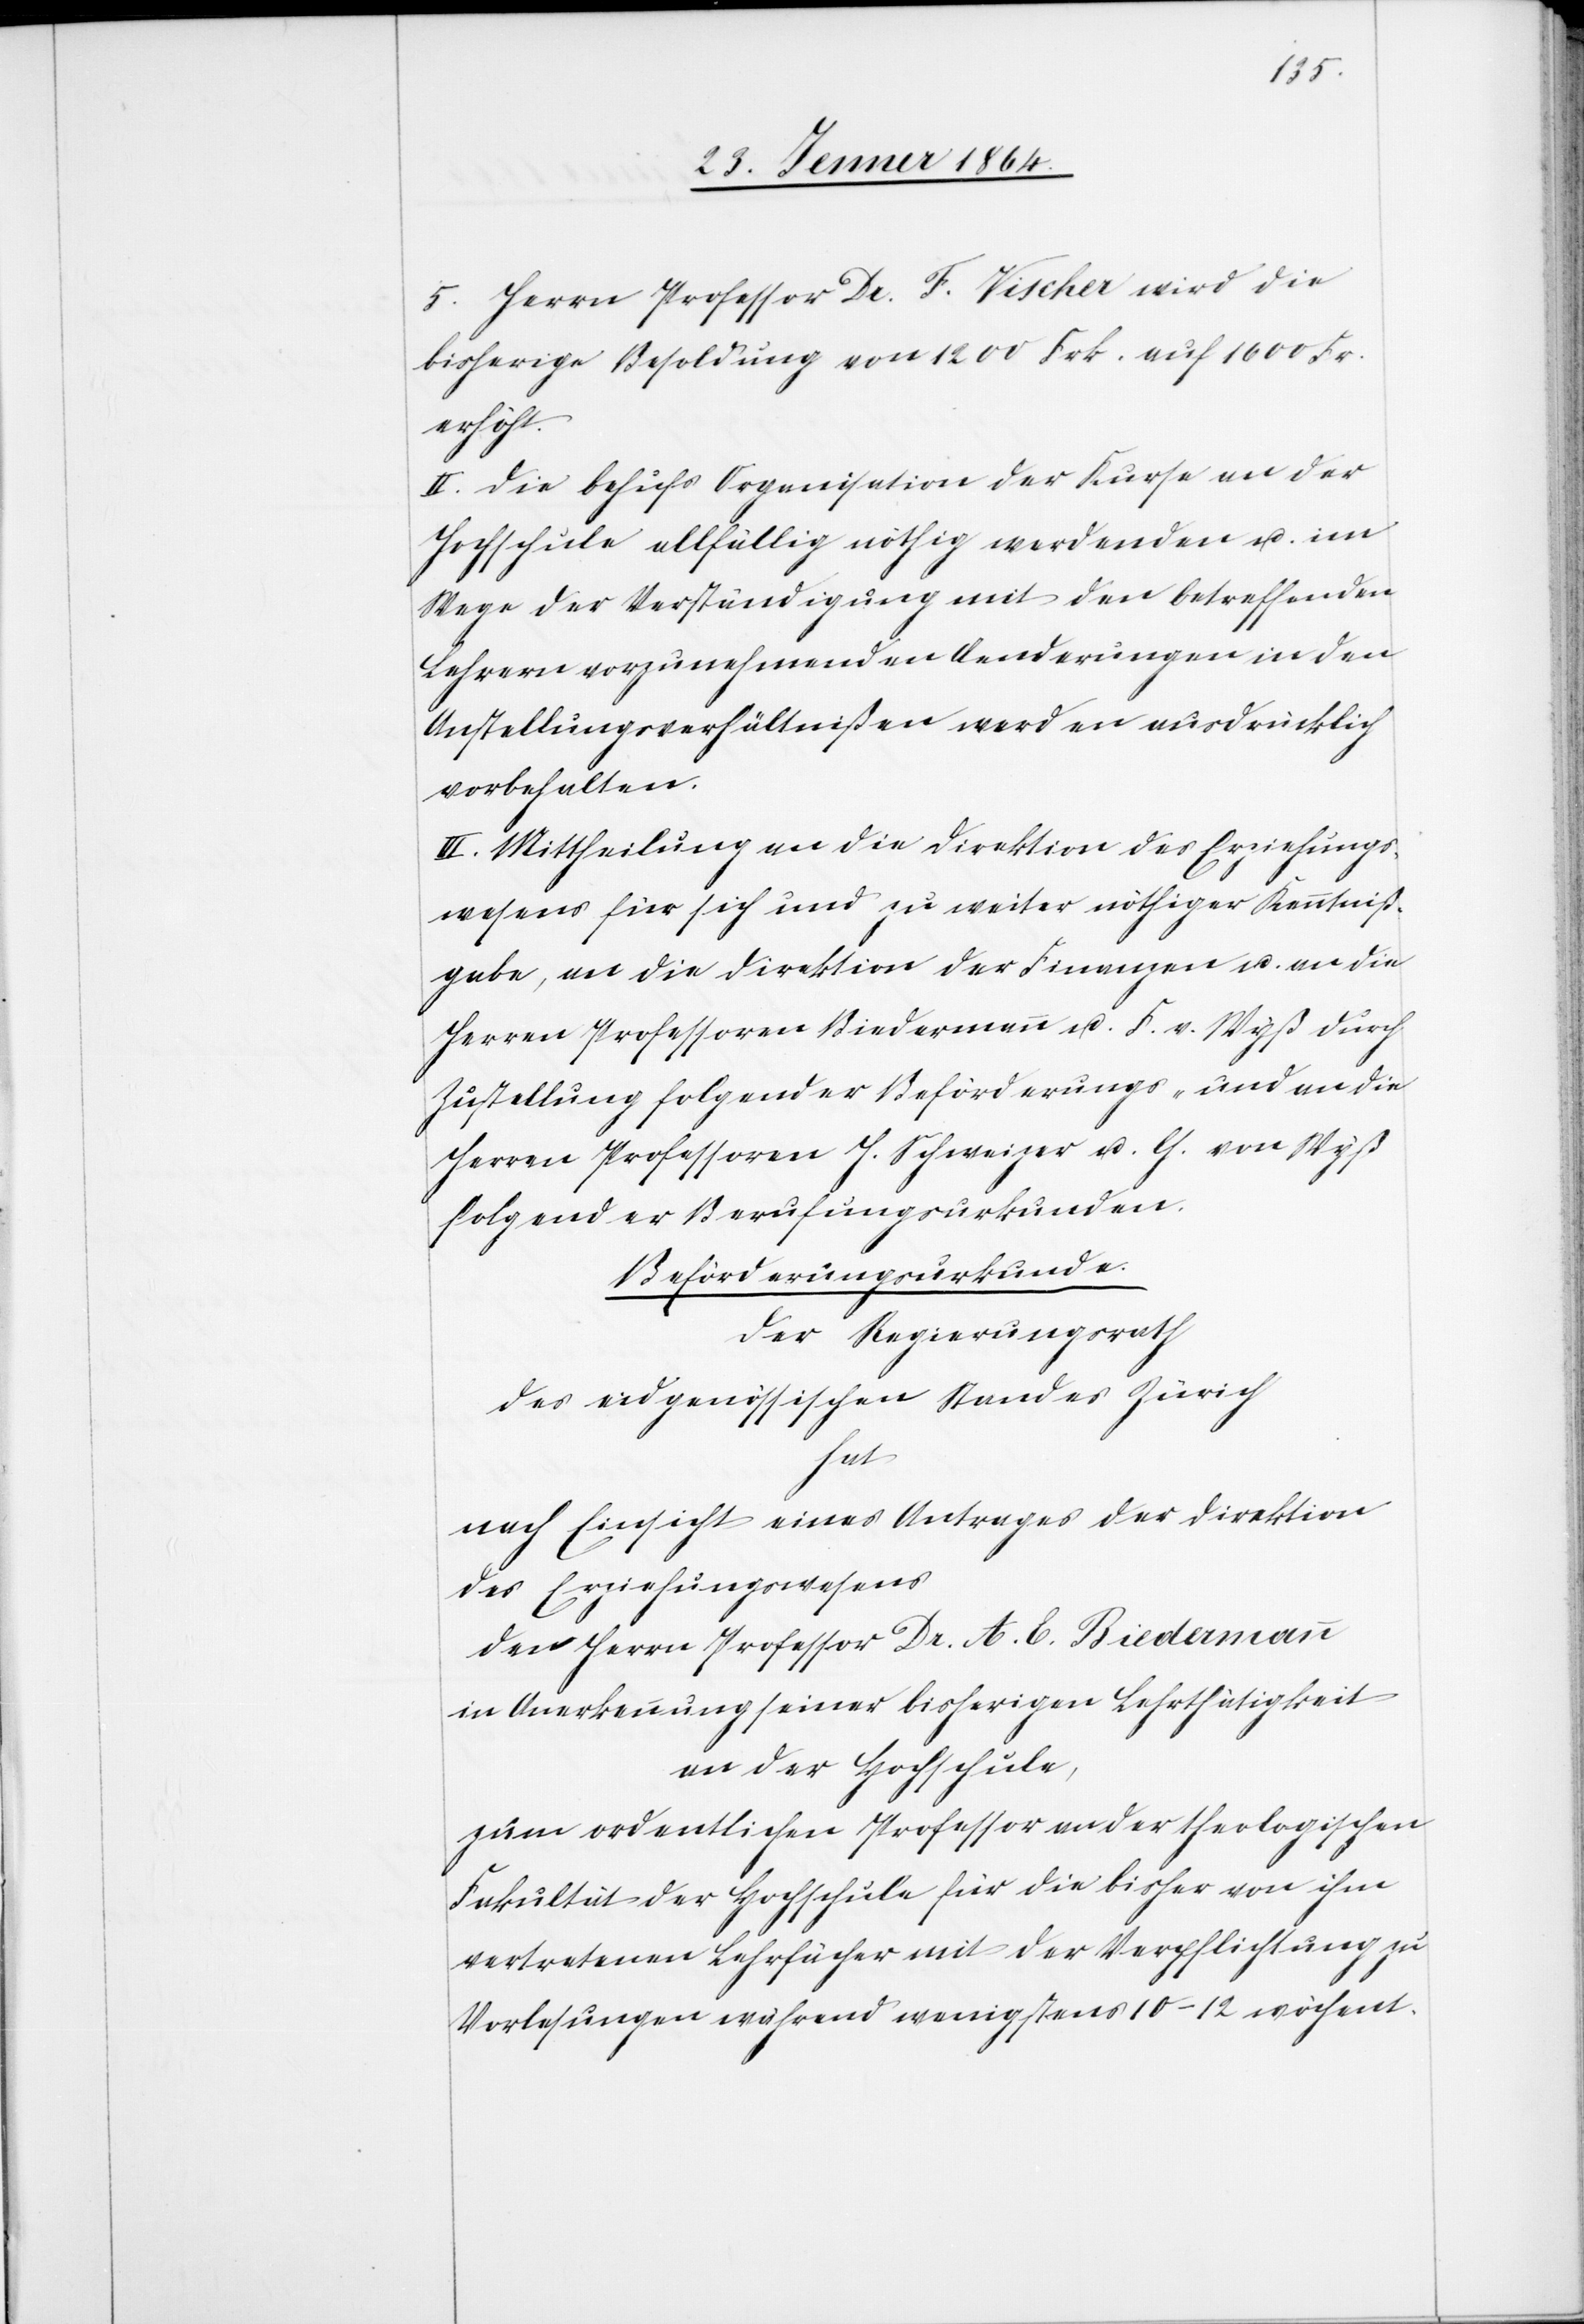
5. Herrn Professor Dr. F. Vischer wird die
bisherige Besoldung von 1200 Frk. auf 1600 Fr.
erhöht.
II. Die behufs Organisation der Kurse an der
Hochschule allfällig nöthig werdenden u. im
Wege der Verständigung mit den betreffenden
Lehrern vorzunehmenden Aenderungen in den
Anstellungsverhältnißen werden ausdrücklich
vorbehalten.
III. Mittheilung an die Direktion des Erziehungs¬
wesens für sich und zu weiter nöthiger Kenntniß¬
gabe, an die Direktion der Finanzen u. an die
Herren Professoren Biedermann u. F. v. Wyß durch
Zustellung folgender Beförderungs- und an die
Herren Professoren H. Schweizer u. G. von Wyß
folgender Berufungsurkunden.
Beförderungsurkunde.
Der Regierungsrath
des eidgenössischen Standes Zürich
hat
nach Einsicht eines Antrages der Direktion
des Erziehungswesens
den Herrn Professor Dr. A. C. Biedermann
in Anerkennung seiner bisherigen Lehrtätigkeit
an der Hochschule,
zum ordentlichen Professor an der theologischen
Fakultät der Hochschule für die bisher von ihm
vertretenen Lehrfächer mit der Verpflichtung zu
Vorlesungen während wenigstens 10-12 wöchent-